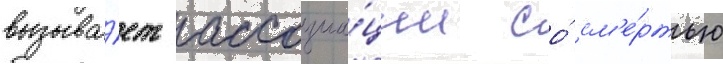
вызыва́ет ассоциа́ции со́ см'е́ртью